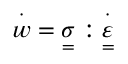
\overset { \cdot } { w } = \underset { = } { \sigma } : \overset { \cdot } { \underset { = } { \varepsilon } }